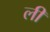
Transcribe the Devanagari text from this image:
ली